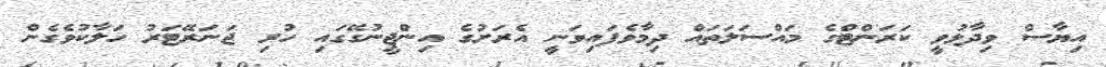
އިޔާސް ވިދާޅުވީ ކަރަންޓްގެ މައްސަލަތައް ދިމާވެފައިވަނީ އެރަށުގެ އިންޖީނުގޭގައި ހުރި ޖަނަރޭޓަރު ހަލާކުވެގެން